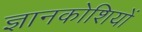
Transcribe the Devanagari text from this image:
ज्ञानकोशियों